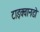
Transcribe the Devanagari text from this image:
टाइक्वानडो